Indian journal of veterinary science and animal husbandry - Volume 6,
Year: 1936
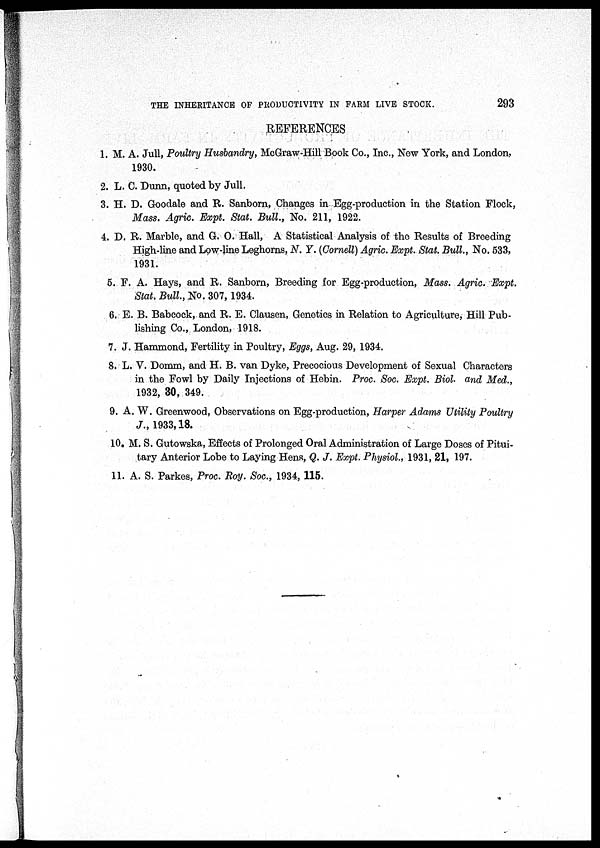
THE INHERITANCE OF PRODUCTIVITY IN FARM LIVE STOCK.
293
REFERENCES
1. M. A. Jull, Poultry Husbandry, McGraw-Hill Book Co., Inc., New York, and London,
1930.
2. L. C. Dunn, quoted by Jull.
3. H. D. Goodale and R. Sanborn, Changes in Egg-production in the Station Flock,
Mass. Agric. Expt. Stat. Bull., No. 211, 1922.
4. D. R. Marble, and G. O. Hall, A Statistical Analysis of the Results of Breeding
High-line and Low-line Leghorns, N. Y. (Cornell) Agric. Expt. Stat. Bull., No. 533,
1931.
5. F. A. Hays, and R. Sanborn, Breeding for Egg-production, Mass. Agric. Expt.
Stat. Bull., No. 307, 1934.
6. E. B. Babcock, and R. E. Clausen, Genetics in Relation to Agriculture, Hill Pub-
lishing Co., London, 1918.
7. J. Hammond, Fertility in Poultry, Eggs, Aug. 29, 1934.
8. L. V. Domm, and H. B. van Dyke, Precocious Development of Sexual Characters
in the Fowl by Daily Injections of Hebin. Proc. Soc. Expt. Biol. and Med.,
1932, 30, 349.
9. A. W. Greenwood, Observations on Egg-production, Harper Adams Utility Poultry
J., 1933,18.
10. M. S. Gutowska, Effects of Prolonged Oral Administration of Large Doses of Pitui-
tary Anterior Lobe to Laying Hens, Q. J. Expt. Physiol., 1931, 21, 197.
11. A. S. Parkes, Proc. Roy. Soc., 1934, 115.